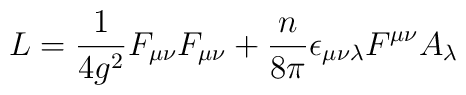
L = \frac{1}{4g^2}F_{\mu\nu}F_{\mu\nu} +\frac{n}{8\pi} \epsilon_{\mu\nu\lambda} F^{\mu\nu}A_{\lambda}